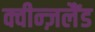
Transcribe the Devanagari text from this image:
क्वीन्ज़लैंड